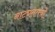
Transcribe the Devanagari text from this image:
नाट्यतत्त्वों